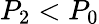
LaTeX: P_{2}<P_{0}